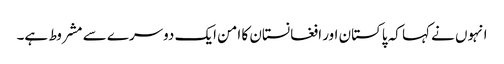
انہوں نے کہا کہ پاکستان اور افغانستان کا امن ایک دوسرے سے مشروط ہے۔